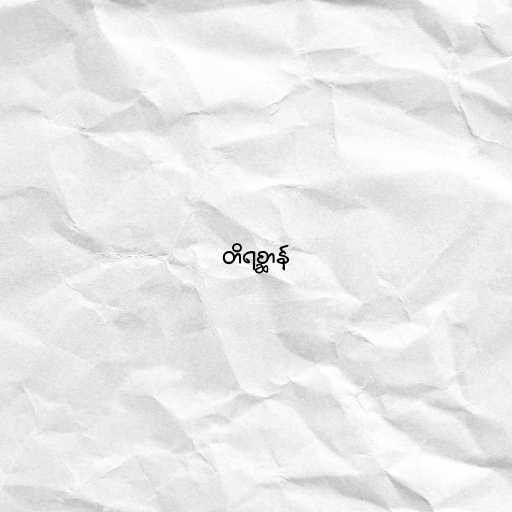
တိရစ္ဆာန်